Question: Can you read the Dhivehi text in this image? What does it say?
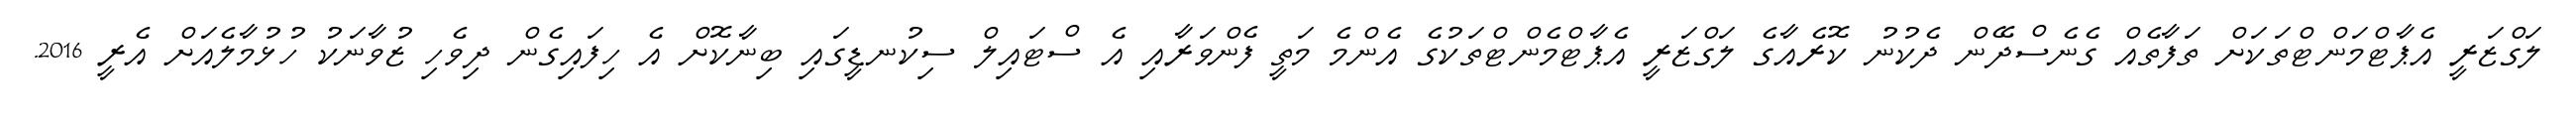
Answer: ލަގްޒަރީ އެޕާޓްމަންޓްތަކަށް ތަފާތެއް ގެނެސްދޭން ދެކުނު ކޮރެއާގެ ލަގްޒަރީ އެޕާޓްމެންޓްތަކުގެ އެންމެ މަތީ ފެންވަރާއި އެ ސްޓައިލް ސިކުނޑީގައި ބިނާކޮށް އެ ހިފައިގެން ދިވެހި ޒުވާނަކު ހުޅުމާލެއަށް އެރީ 2016.